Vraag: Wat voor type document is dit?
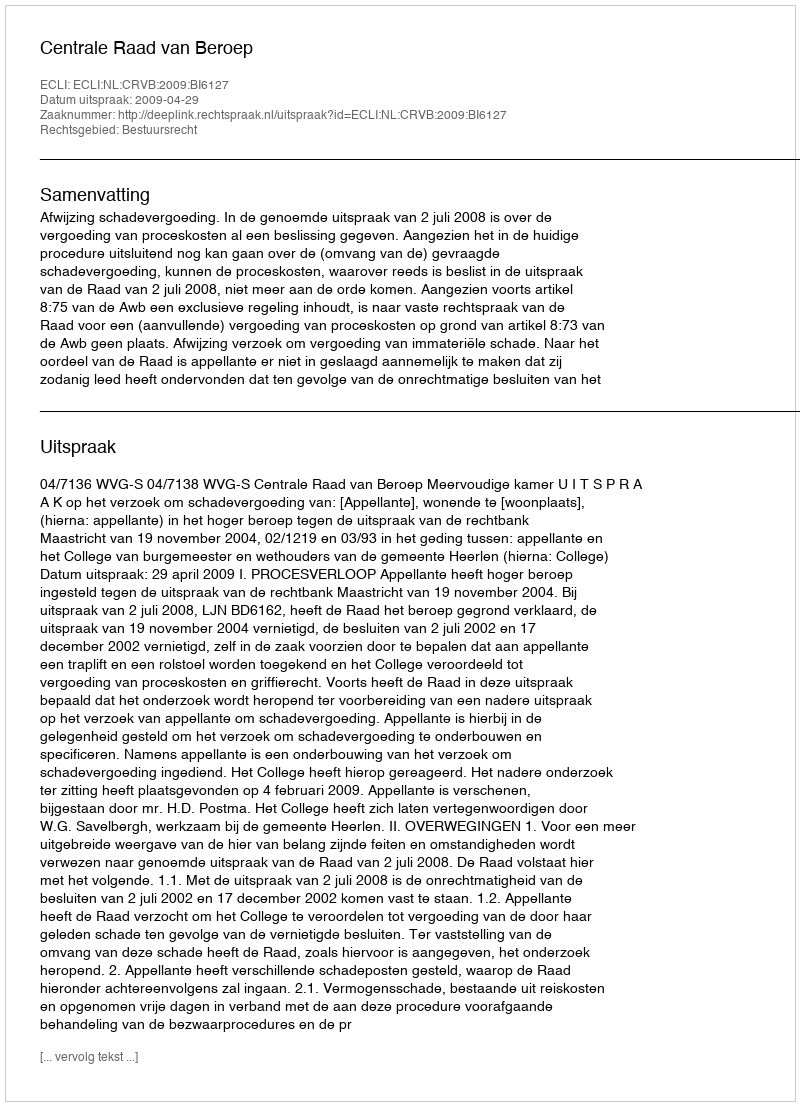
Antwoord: Uitspraak